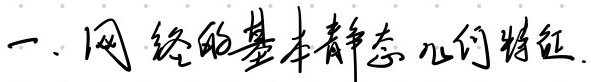
一、网络的基本静态几何特征.